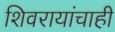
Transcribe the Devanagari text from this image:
शिवरायांचाही